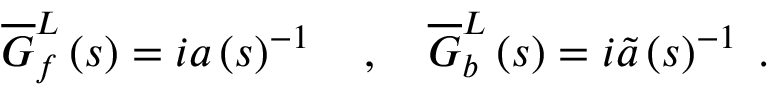
\begin{array} { r } { \overline { { G } } _ { f } ^ { L } \left( s \right) = i a \left( s \right) ^ { - 1 } \quad , \quad \overline { { G } } _ { b } ^ { L } \left( s \right) = i \widetilde { a } \left( s \right) ^ { - 1 } \; . } \end{array}